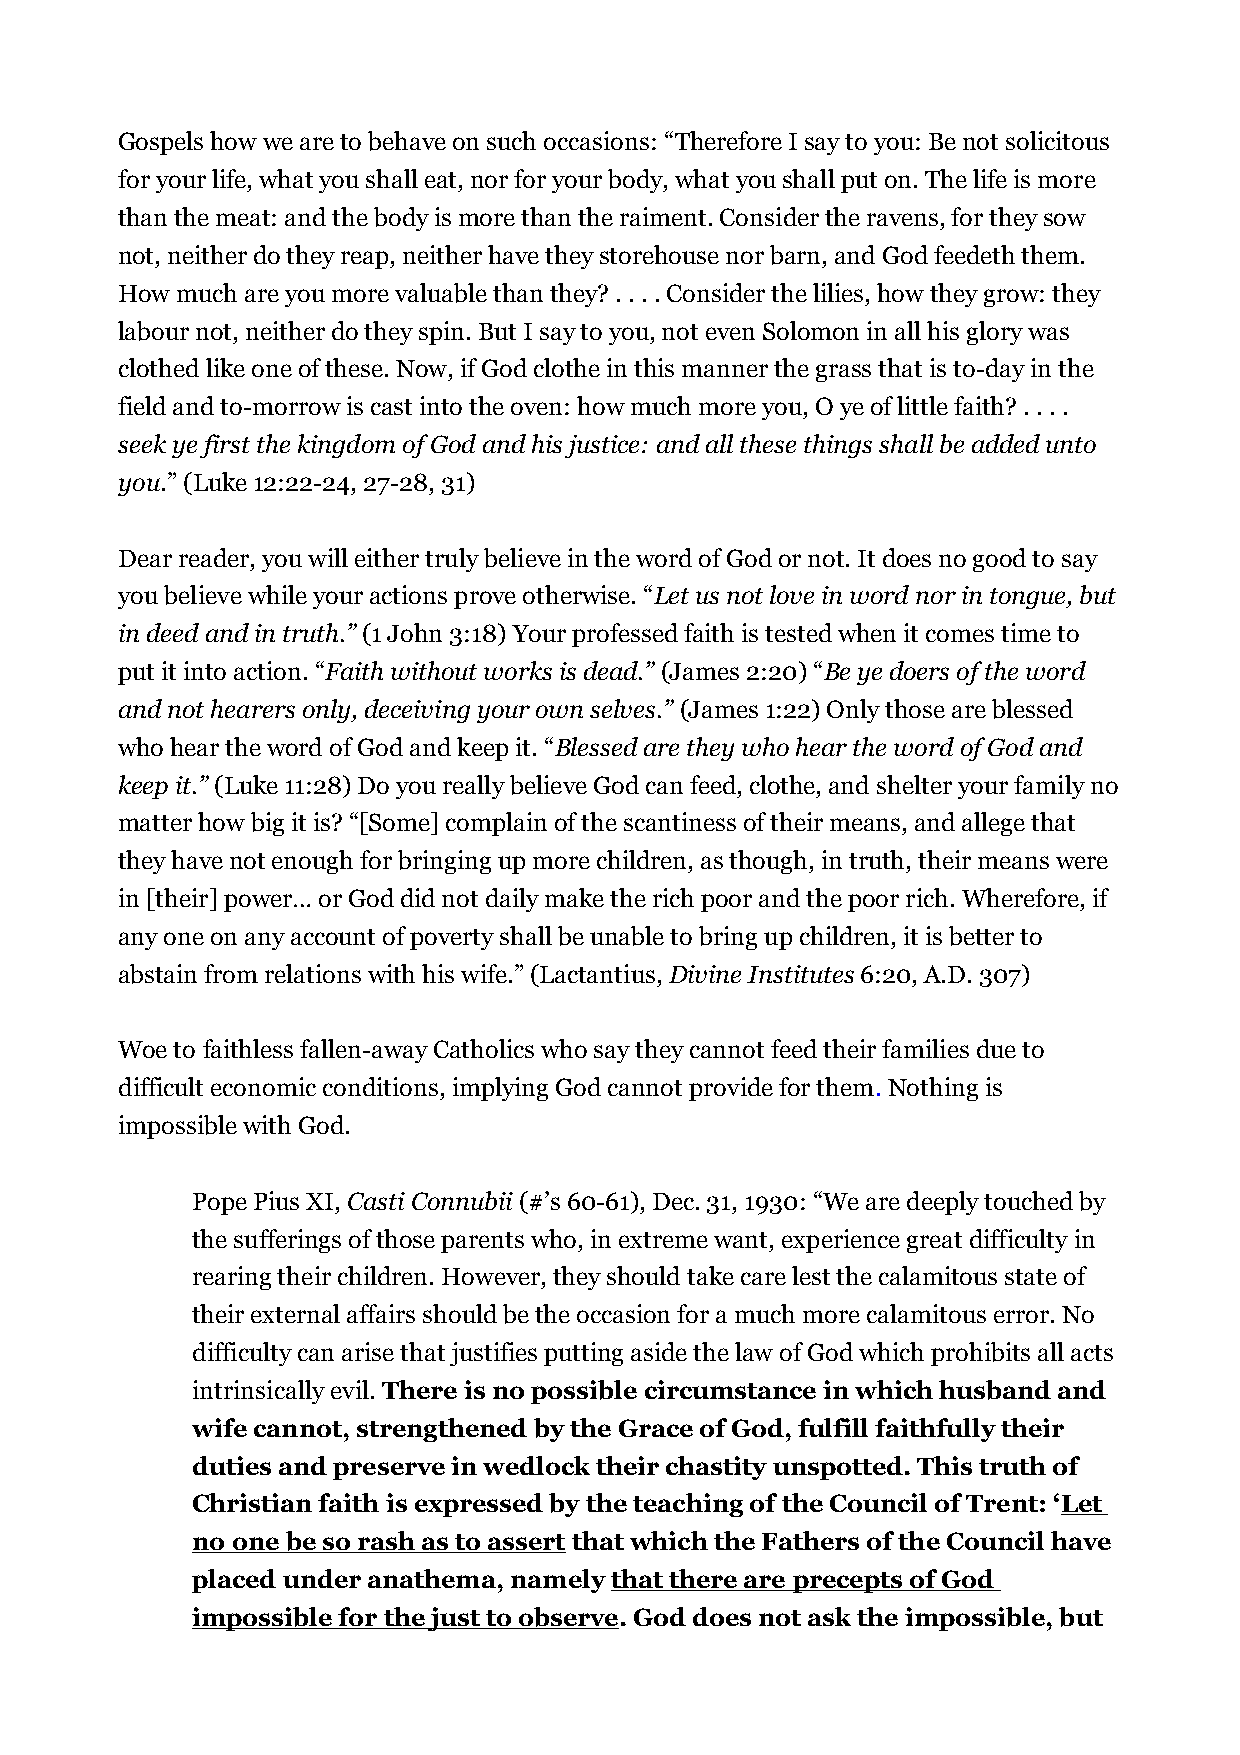
Gospels how we are to behave on such occasions: “Therefore I say to you: Be not solicitous
 for your life, what you shall eat, nor for your body, what you shall put on. The life is more
 than the meat: and the body is more than the raiment. Consider the ravens, for they sow
 not, neither do they reap, neither have they storehouse nor barn, and God feedeth them.
 How much are you more valuable than they? . . . . Consider the lilies, how they grow: they
 labour not, neither do they spin. But I say to you, not even Solomon in all his glory was
 clothed like one of these. Now, if God clothe in this manner the grass that is to-day in the
 field and to-morrow is cast into the oven: how much more you, O ye of little faith? . . . .
 seek ye first the kingdom of God and his justice: and all these things shall be added unto
 you.” (Luke 12:22-24, 27-28, 31)
 Dear reader, you will either truly believe in the word of God or not. It does no good to say
 you believe while your actions prove otherwise. “Let us not love in word nor in tongue, but
 in deed and in truth.” (1 John 3:18) Your professed faith is tested when it comes time to
 put it into action. “Faith without works is dead.” (James 2:20) “Be ye doers of the word
 and not hearers only, deceiving your own selves.” (James 1:22) Only those are blessed
 who hear the word of God and keep it. “Blessed are they who hear the word of God and
 keep it.” (Luke 11:28) Do you really believe God can feed, clothe, and shelter your family no
 matter how big it is? “[Some] complain of the scantiness of their means, and allege that
 they have not enough for bringing up more children, as though, in truth, their means were
 in [their] power… or God did not daily make the rich poor and the poor rich. Wherefore, if
 any one on any account of poverty shall be unable to bring up children, it is better to
 abstain from relations with his wife.” (Lactantius, Divine Institutes 6:20, A.D. 307)
 Woe to faithless fallen-away Catholics who say they cannot feed their families due to
 difficult economic conditions, implying God cannot provide for them. Nothing is
 impossible with God.
 Pope Pius XI, Casti Connubii (#’s 60-61), Dec. 31, 1930: “We are deeply touched by
 the sufferings of those parents who, in extreme want, experience great difficulty in
 rearing their children. However, they should take care lest the calamitous state of
 their external affairs should be the occasion for a much more calamitous error. No
 difficulty can arise that justifies putting aside the law of God which prohibits all acts
 intrinsically evil. There is no possible circumstance in which husband and
 wife cannot, strengthened by the Grace of God, fulfill faithfully their
 duties and preserve in wedlock their chastity unspotted. This truth of
 Christian faith is expressed by the teaching of the Council of Trent: ‘Let
 no one be so rash as to assert that which the Fathers of the Council have
 placed under anathema, namely that there are precepts of God
 impossible for the just to observe. God does not ask the impossible, but